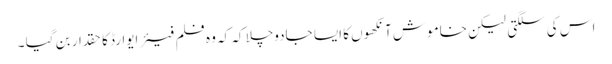
اس کی سلگتی لیکن خاموش آنکھوں کا ایسا جادوچلا کہ کہ وہ فلم فیئر ایوارڈ کا حقدار بن گیا ۔